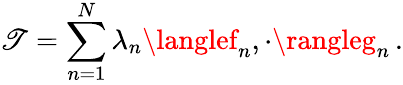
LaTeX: \mathscr{T}=\sum_{n=1}^{N}\lambda_{n}\langlef_{n},\cdot\rangleg_{n}\, .